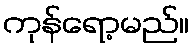
ကုန်ရော့မည်။